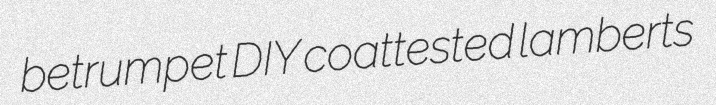
betrumpet DIY coattested lamberts